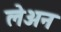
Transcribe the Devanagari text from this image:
लेअन